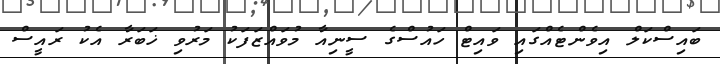
ބައިސްކަލް އިވެންޓެއްގައި ވައިޓް ހައުސްގެ ސީނިއާ މުވައްޒަފަކު މަރުވި ޚަބަރާ އެކު ރައީސް